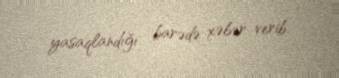
yasaqlandığı barədə xəbər verib.